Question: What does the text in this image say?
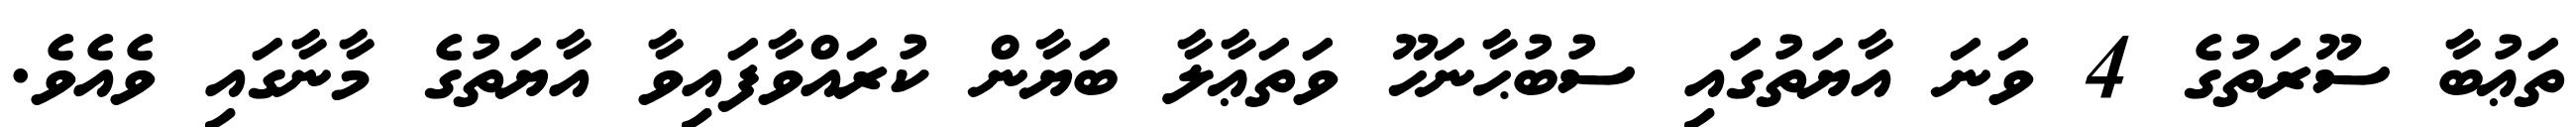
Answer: ތަޢުބާ ސޫރަތުގެ 4 ވަނަ އާޔަތުގައި ސުބުޙާނަހޫ ވަތަޢާލާ ބަޔާން ކުރައްވާފައިވާ އާޔަތުގެ މާނާގައި ވެއެވެ.